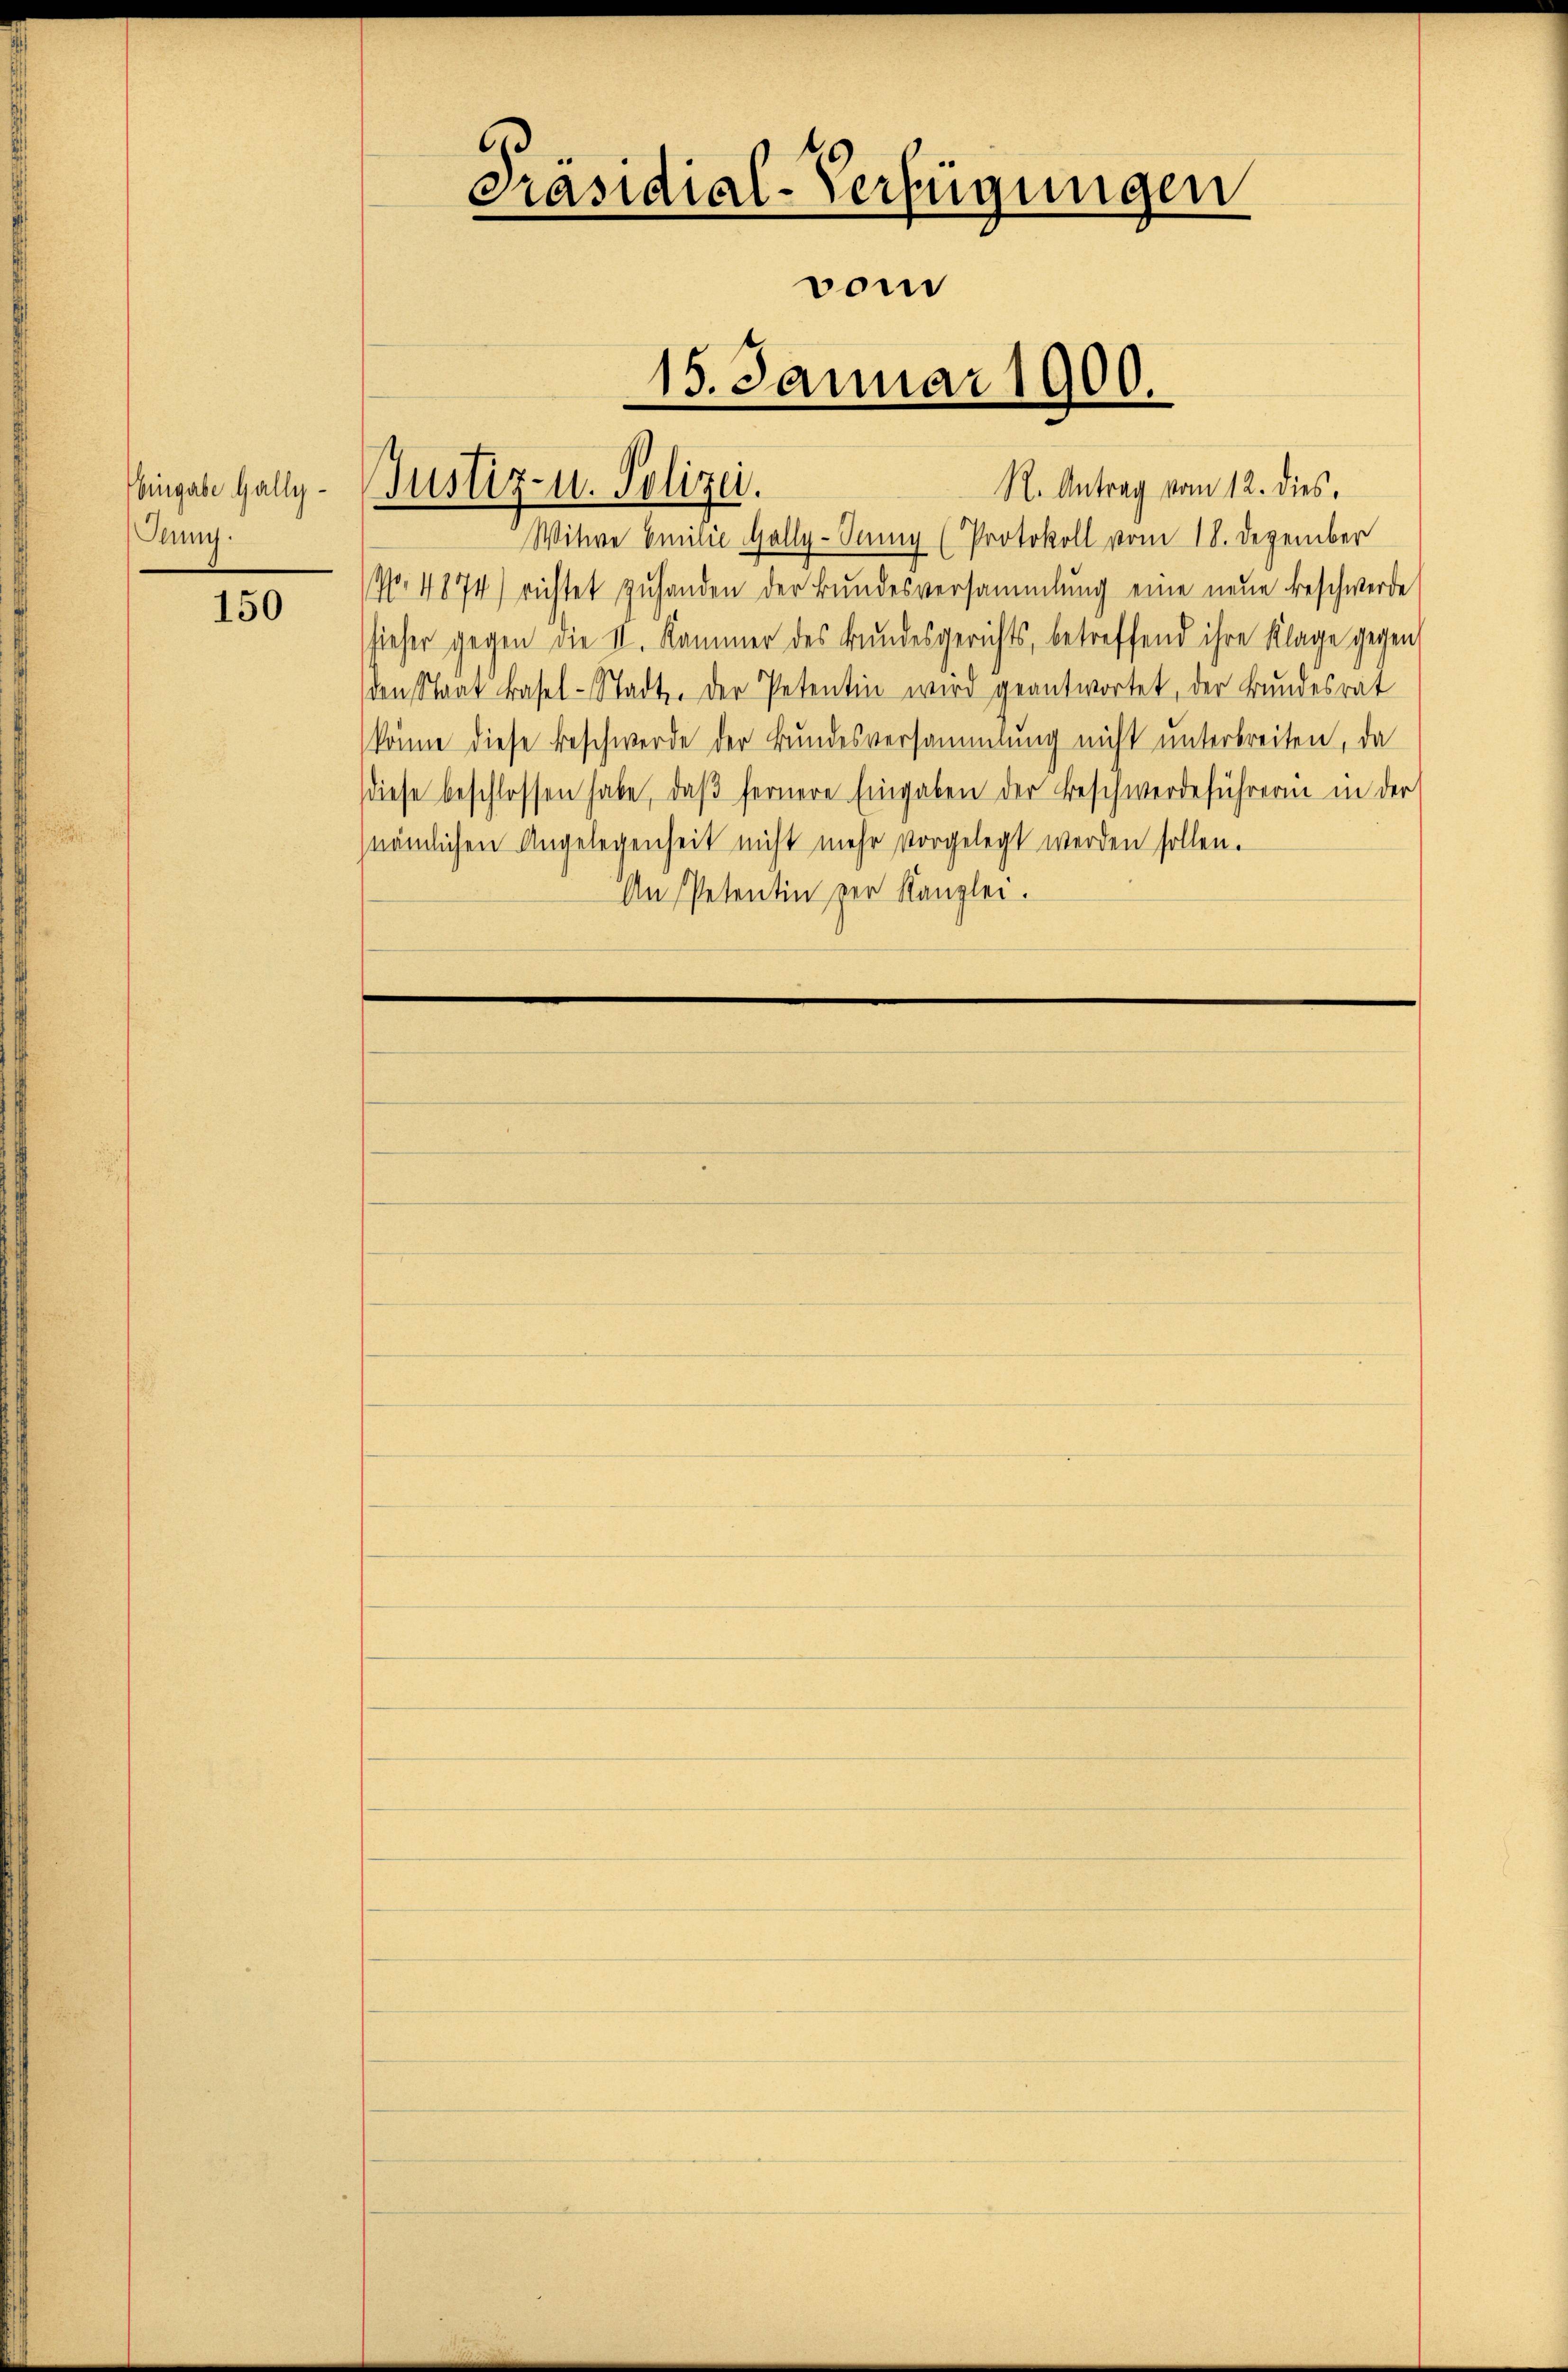
Eingabe Hally¬
Jenny.

150

Präsidial-Verfügungen
vom
15. Januar 1900

R. Antrag vom 12. dies
Witwe Emilie Holly-Senny (Protokoll vom 18. Dezember
No. 4874) richtet zŭ handen der Bundesversammlung eine neue Beschwerde
hieher gegen die II. Kammer des Bundesgerichts, betreffend ihre Klage gegen
den Staat Basel-Stadt. Der Petentin wird geantwortet, der Bundesrat
könne diese Beschwerde der Bundesversammlung nicht unterbreiten, da
(diese beschlossen habe, daβ fernere Eingaben der Beschwerdeführerin in der
nämlichen Angelegenheit nicht mehr vorgelegt werden sollen.
Aŭ Petentin zur Kanzlei.

Justiz- u. Polizei.